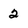
Character: 2